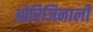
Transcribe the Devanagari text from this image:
ओरिजिनाली